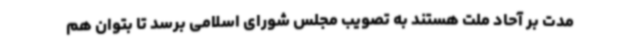
مدت بر آحاد ملت هستند به تصویب مجلس شورای اسلامی برسد تا بتوان هم